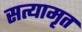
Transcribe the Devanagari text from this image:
सत्यामृत